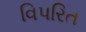
વિપરિત